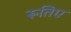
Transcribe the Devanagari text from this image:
रूतिए